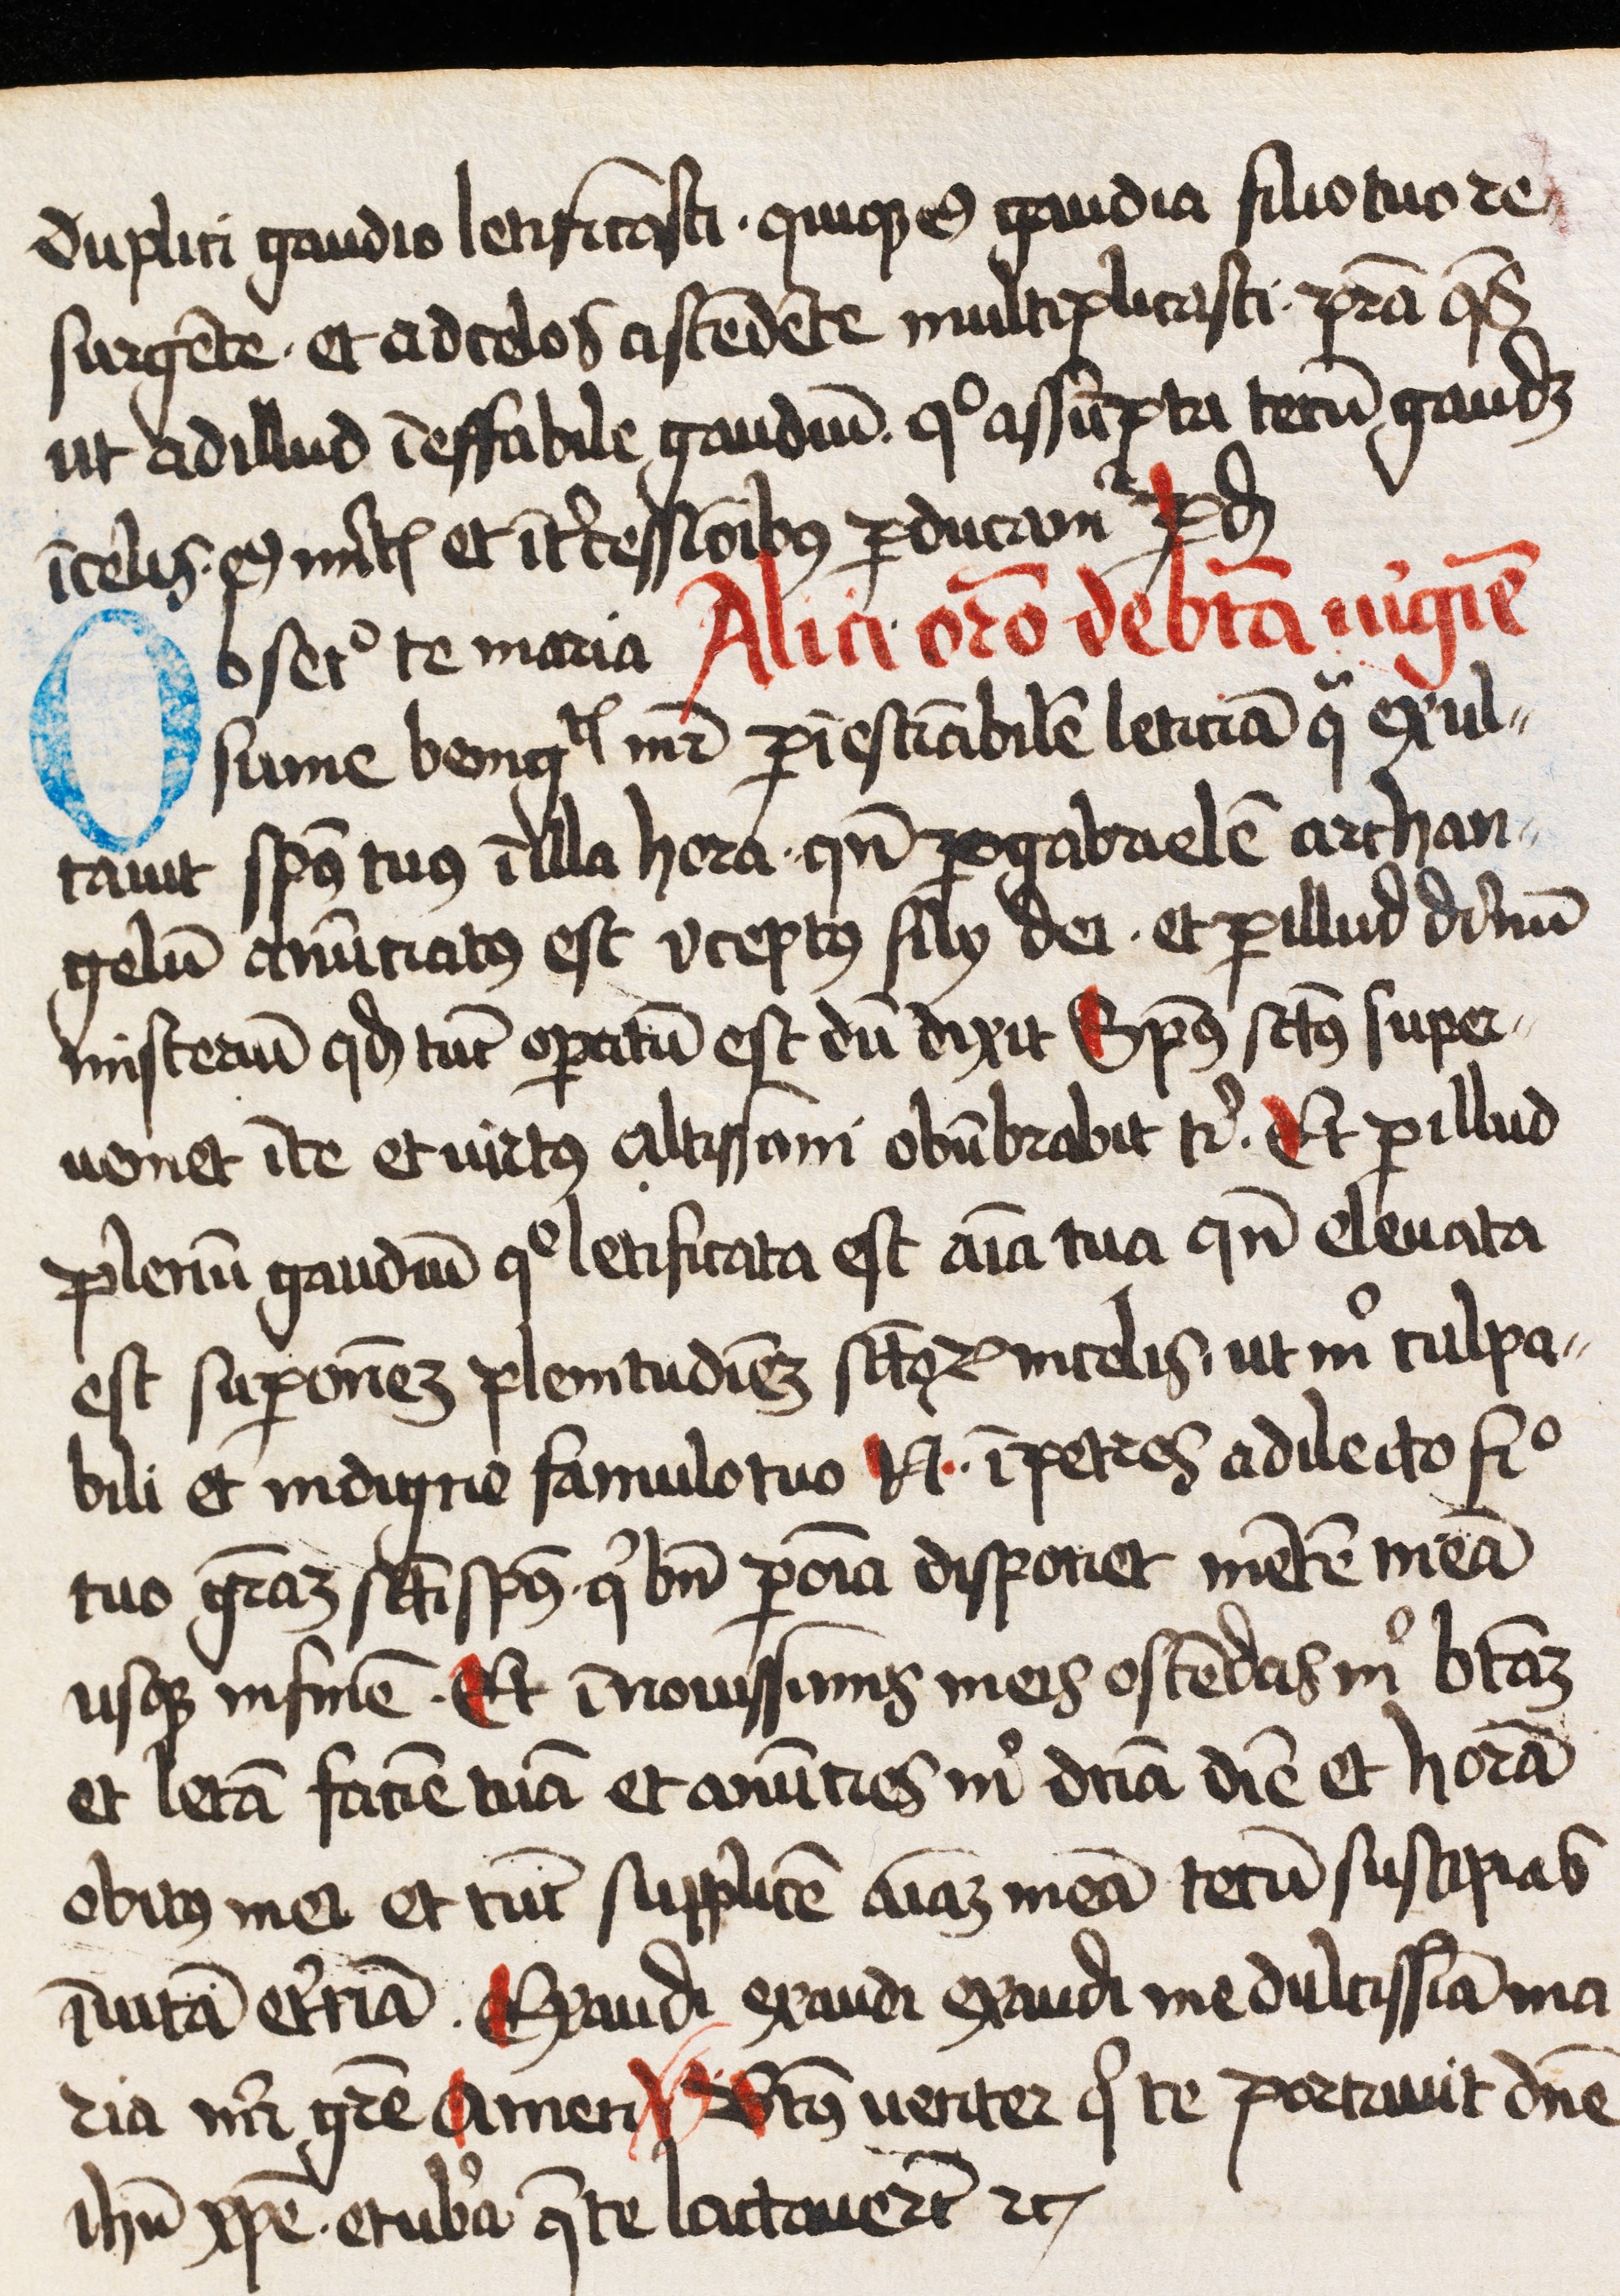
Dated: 1445–1499